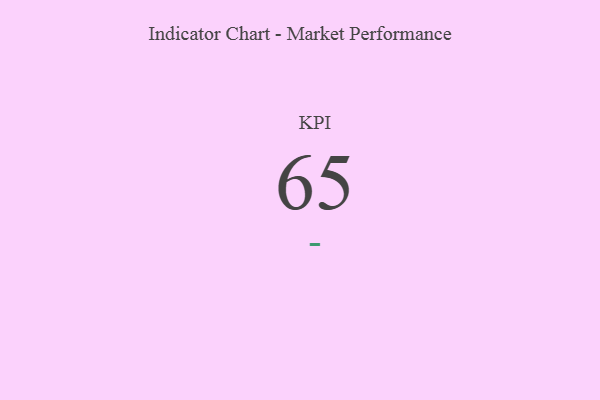
{"axis": {"x": "KPI", "y": "Value"}, "legend": [""], "data": [{"x": "KPI", "y": 65, "type": ""}]}